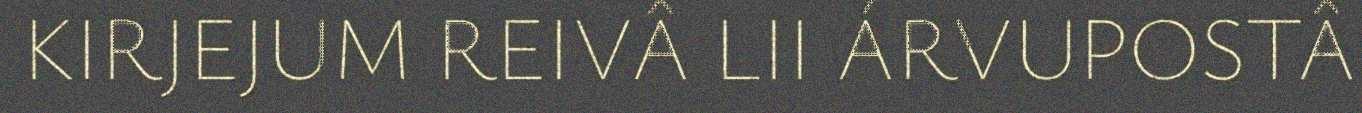
KIRJEJUM REIVÂ LII ÁRVUPOSTÂ